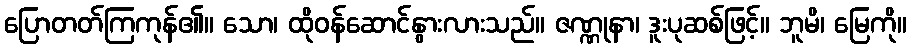
ပြောတတ်ကြကုန်၏။ သော၊ ထိုဝန်ဆောင်နွားလားသည်။ ဇဏ္ဏုနာ၊ ဒူးပုဆစ်ဖြင့်။ ဘူမိ၊ မြေကို။